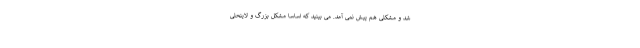
شد و مشکلی هم پیش نمی آمد. می بینید که اساساً مشکل بزرگ و لاینحلی